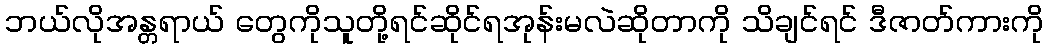
ဘယ်လိုအန္တရာယ် တွေကိုသူတို့ရင်ဆိုင်ရအုန်းမလဲဆိုတာကို သိချင်ရင် ဒီဇာတ်ကားကို